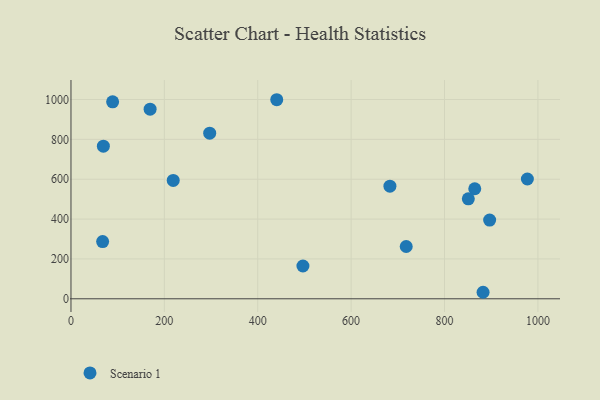
{"axis": {"x": "Distance", "y": "Exam Score"}, "legend": ["Scenario 1"], "data": [{"x": "864.8", "y": 552.1, "type": "Scenario 1"}, {"x": "683.1", "y": 565.1, "type": "Scenario 1"}, {"x": "297.1", "y": 831.3, "type": "Scenario 1"}, {"x": "718.0", "y": 262.3, "type": "Scenario 1"}, {"x": "219.0", "y": 594.0, "type": "Scenario 1"}, {"x": "169.5", "y": 951.7, "type": "Scenario 1"}, {"x": "440.7", "y": 998.9, "type": "Scenario 1"}, {"x": "977.5", "y": 601.2, "type": "Scenario 1"}, {"x": "496.8", "y": 164.5, "type": "Scenario 1"}, {"x": "851.0", "y": 501.5, "type": "Scenario 1"}, {"x": "89.2", "y": 988.2, "type": "Scenario 1"}, {"x": "69.4", "y": 765.8, "type": "Scenario 1"}, {"x": "896.7", "y": 395.1, "type": "Scenario 1"}, {"x": "882.6", "y": 32.7, "type": "Scenario 1"}, {"x": "67.8", "y": 286.9, "type": "Scenario 1"}]}